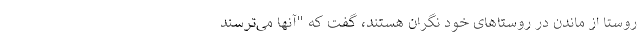
روستا از ماندن در روستاهای خود نگران هستند، گفت که "آنها می‌ترسند